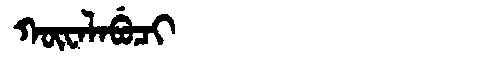
Manchu: ᡴᡡᠸᠠᠯᠠᠪᡠᠴᡳ
Romanization: KŪWALABUCI